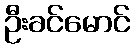
ဦးခင်မောင်